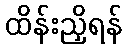
ထိန်းညှိရန်